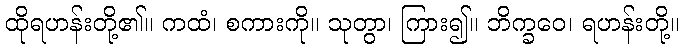
ထိုရဟန်းတို့၏။ ကထံ၊ စကားကို။ သုတွာ၊ ကြား၍။ ဘိက္ခဝေ၊ ရဟန်းတို့။